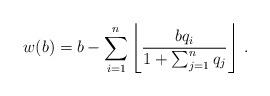
LaTeX: \begin{align*} w(b)=b-\sum_{i=1}^n\left\lfloor\frac{bq_i}{1+\sum_{j=1}^n q_j} \right\rfloor \, . \end{align*}